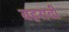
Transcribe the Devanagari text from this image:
बहरावी